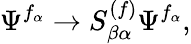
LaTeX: \Psi^{f_{\alpha}}\rightarrow S_{\beta\alpha}^{(f)}\Psi^{f_{\alpha}},